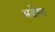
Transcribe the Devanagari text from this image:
अडेमा